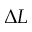
\Delta L